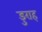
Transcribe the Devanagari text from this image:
डुराह